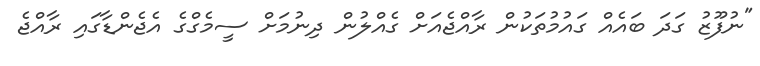
"ނުފޫޒު ގަދަ ބައެއް ގައުމުތަކުން ރާއްޖެެއަށް ގެއްލުން ދިނުމަށް ސީމެގްގެ އެޖެންޑާގައި ރާއްޖެ